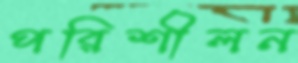
পরিশীলন